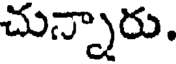
చున్నారు.